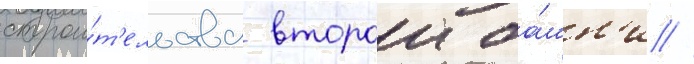
строи́т'ельства второи ба́шн'и //